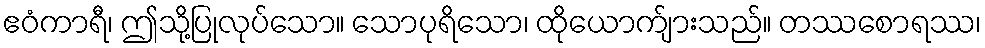
ဧဝံကာရီ၊ ဤသို့ပြုလုပ်သော။ သောပုရိသော၊ ထိုယောက်ျားသည်။ တဿစောရဿ၊